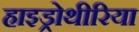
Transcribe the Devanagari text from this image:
हाइड्रोथीरिया